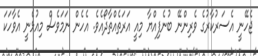
ޖެހޭނީ އެސަރުކާރުގެ ވެރިންނޭ ބުނެފިއްޔާ މިއީ އަރަތެއްތާދޯއެވެ. އެހެން ނަމަވެސް މިއުޅެނީ އެވާހަކަ